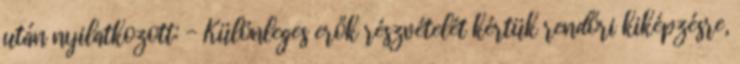
után nyilatkozott: - Különleges erők részvételét kértük rendőri kiképzésre,